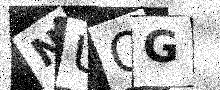
Text: NUOG